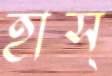
হাস্